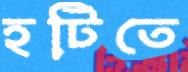
হটিতে